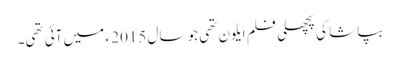
بپاشا کی پچھلی فلم ایلون تھی جو سال 2015 ء میں آئی تھی۔